Civil Veterinary Department. Central Provinces & Berar 1932-41 - 1932-1941
Year: 1932
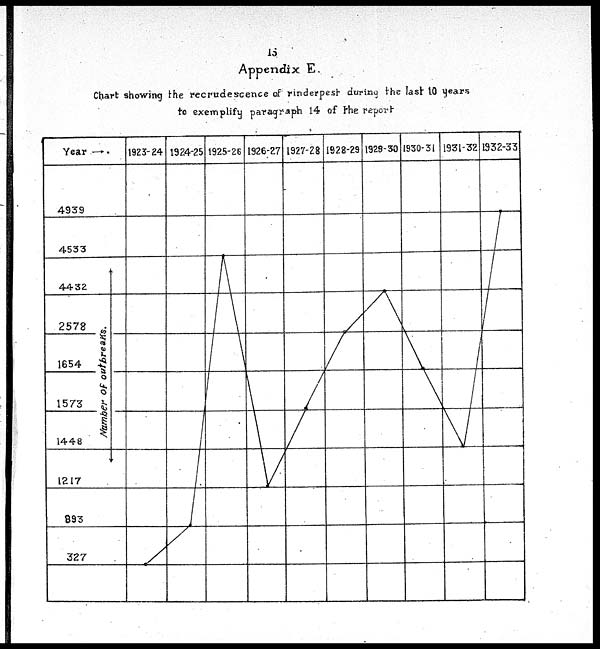
15
Appendix E.
Chart showing the recrudescence of rinderpest during the last 10 years
to exemplify paragraph 14 of the report